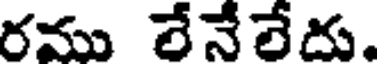
రము లేనేలేదు.